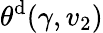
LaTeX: \theta^{\mathrm{{d}}}(\gamma,v_{2})